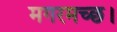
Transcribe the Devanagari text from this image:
मगरमच्छ।